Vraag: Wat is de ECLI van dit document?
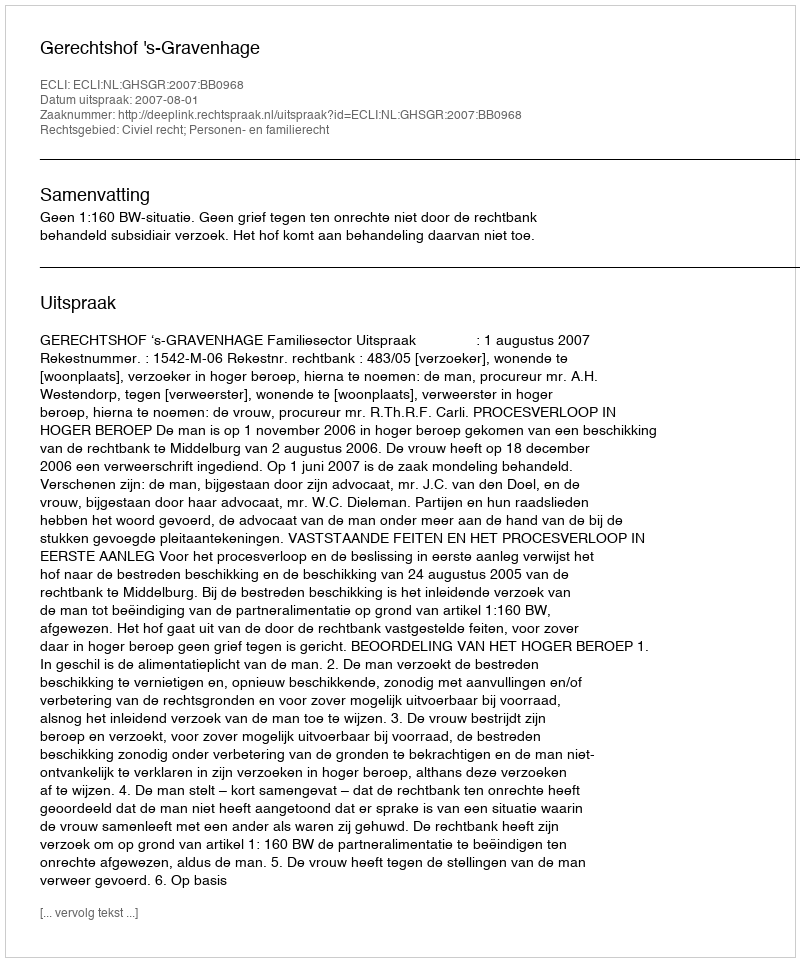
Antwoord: ECLI:NL:GHSGR:2007:BB0968